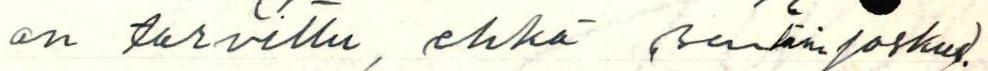
on tarvittu, ehkä sentään joskus).